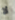
لا